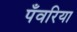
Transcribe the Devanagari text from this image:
पँवरिया